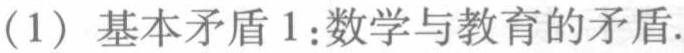
(1) 基本矛盾1:数学与教育的矛盾.